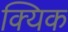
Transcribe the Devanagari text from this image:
क्यिक